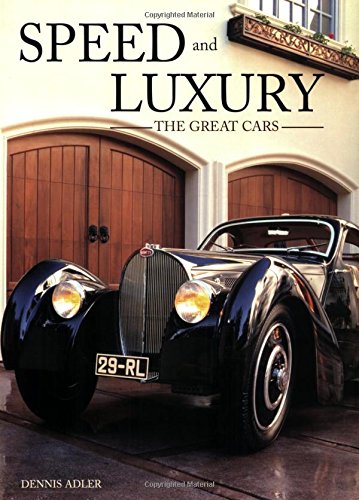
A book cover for Speed and Luxury: The Great Cars; Dennis Adler; Engineering & Transportation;